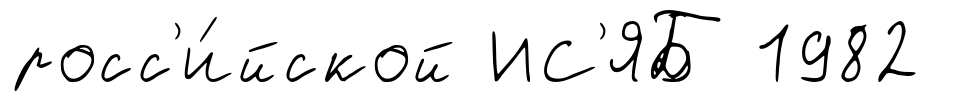
росс'и́йской ИС'ЯБ 1982